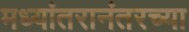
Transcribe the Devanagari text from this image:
मध्यांतरानंतरच्या